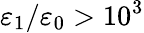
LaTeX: \varepsilon_{1}/\varepsilon_{0}>10^{3}